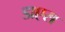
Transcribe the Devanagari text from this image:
डाएस